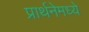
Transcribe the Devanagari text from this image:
प्रार्थनेमध्ये